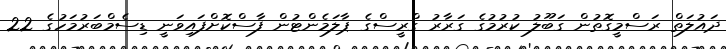
ދައުލަތް ރަސްމީގޮތުން ގަބޫލު ކުރުމުގެ ގަރާރު ގްރީސްގެ ޕާލަމެންޓުން ފާސްކޮށްފައިވަނީ ޑިސެމްބަރުމަހުގެ 22